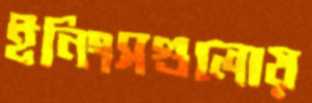
ইনিংসগুলোয়